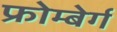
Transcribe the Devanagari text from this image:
फ्रोम्बेर्ग